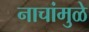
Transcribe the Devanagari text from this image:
नाचांमुळे